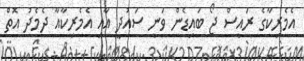
އެމެރިކާގެ ރައީސް ޖޯ ބައިޑެން ވަނީ ސައުދީ އާއި އެމެރިކާއާ ދެމެދު އޮތް